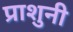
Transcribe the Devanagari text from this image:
प्राशुनी